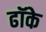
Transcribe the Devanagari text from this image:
ढॉके